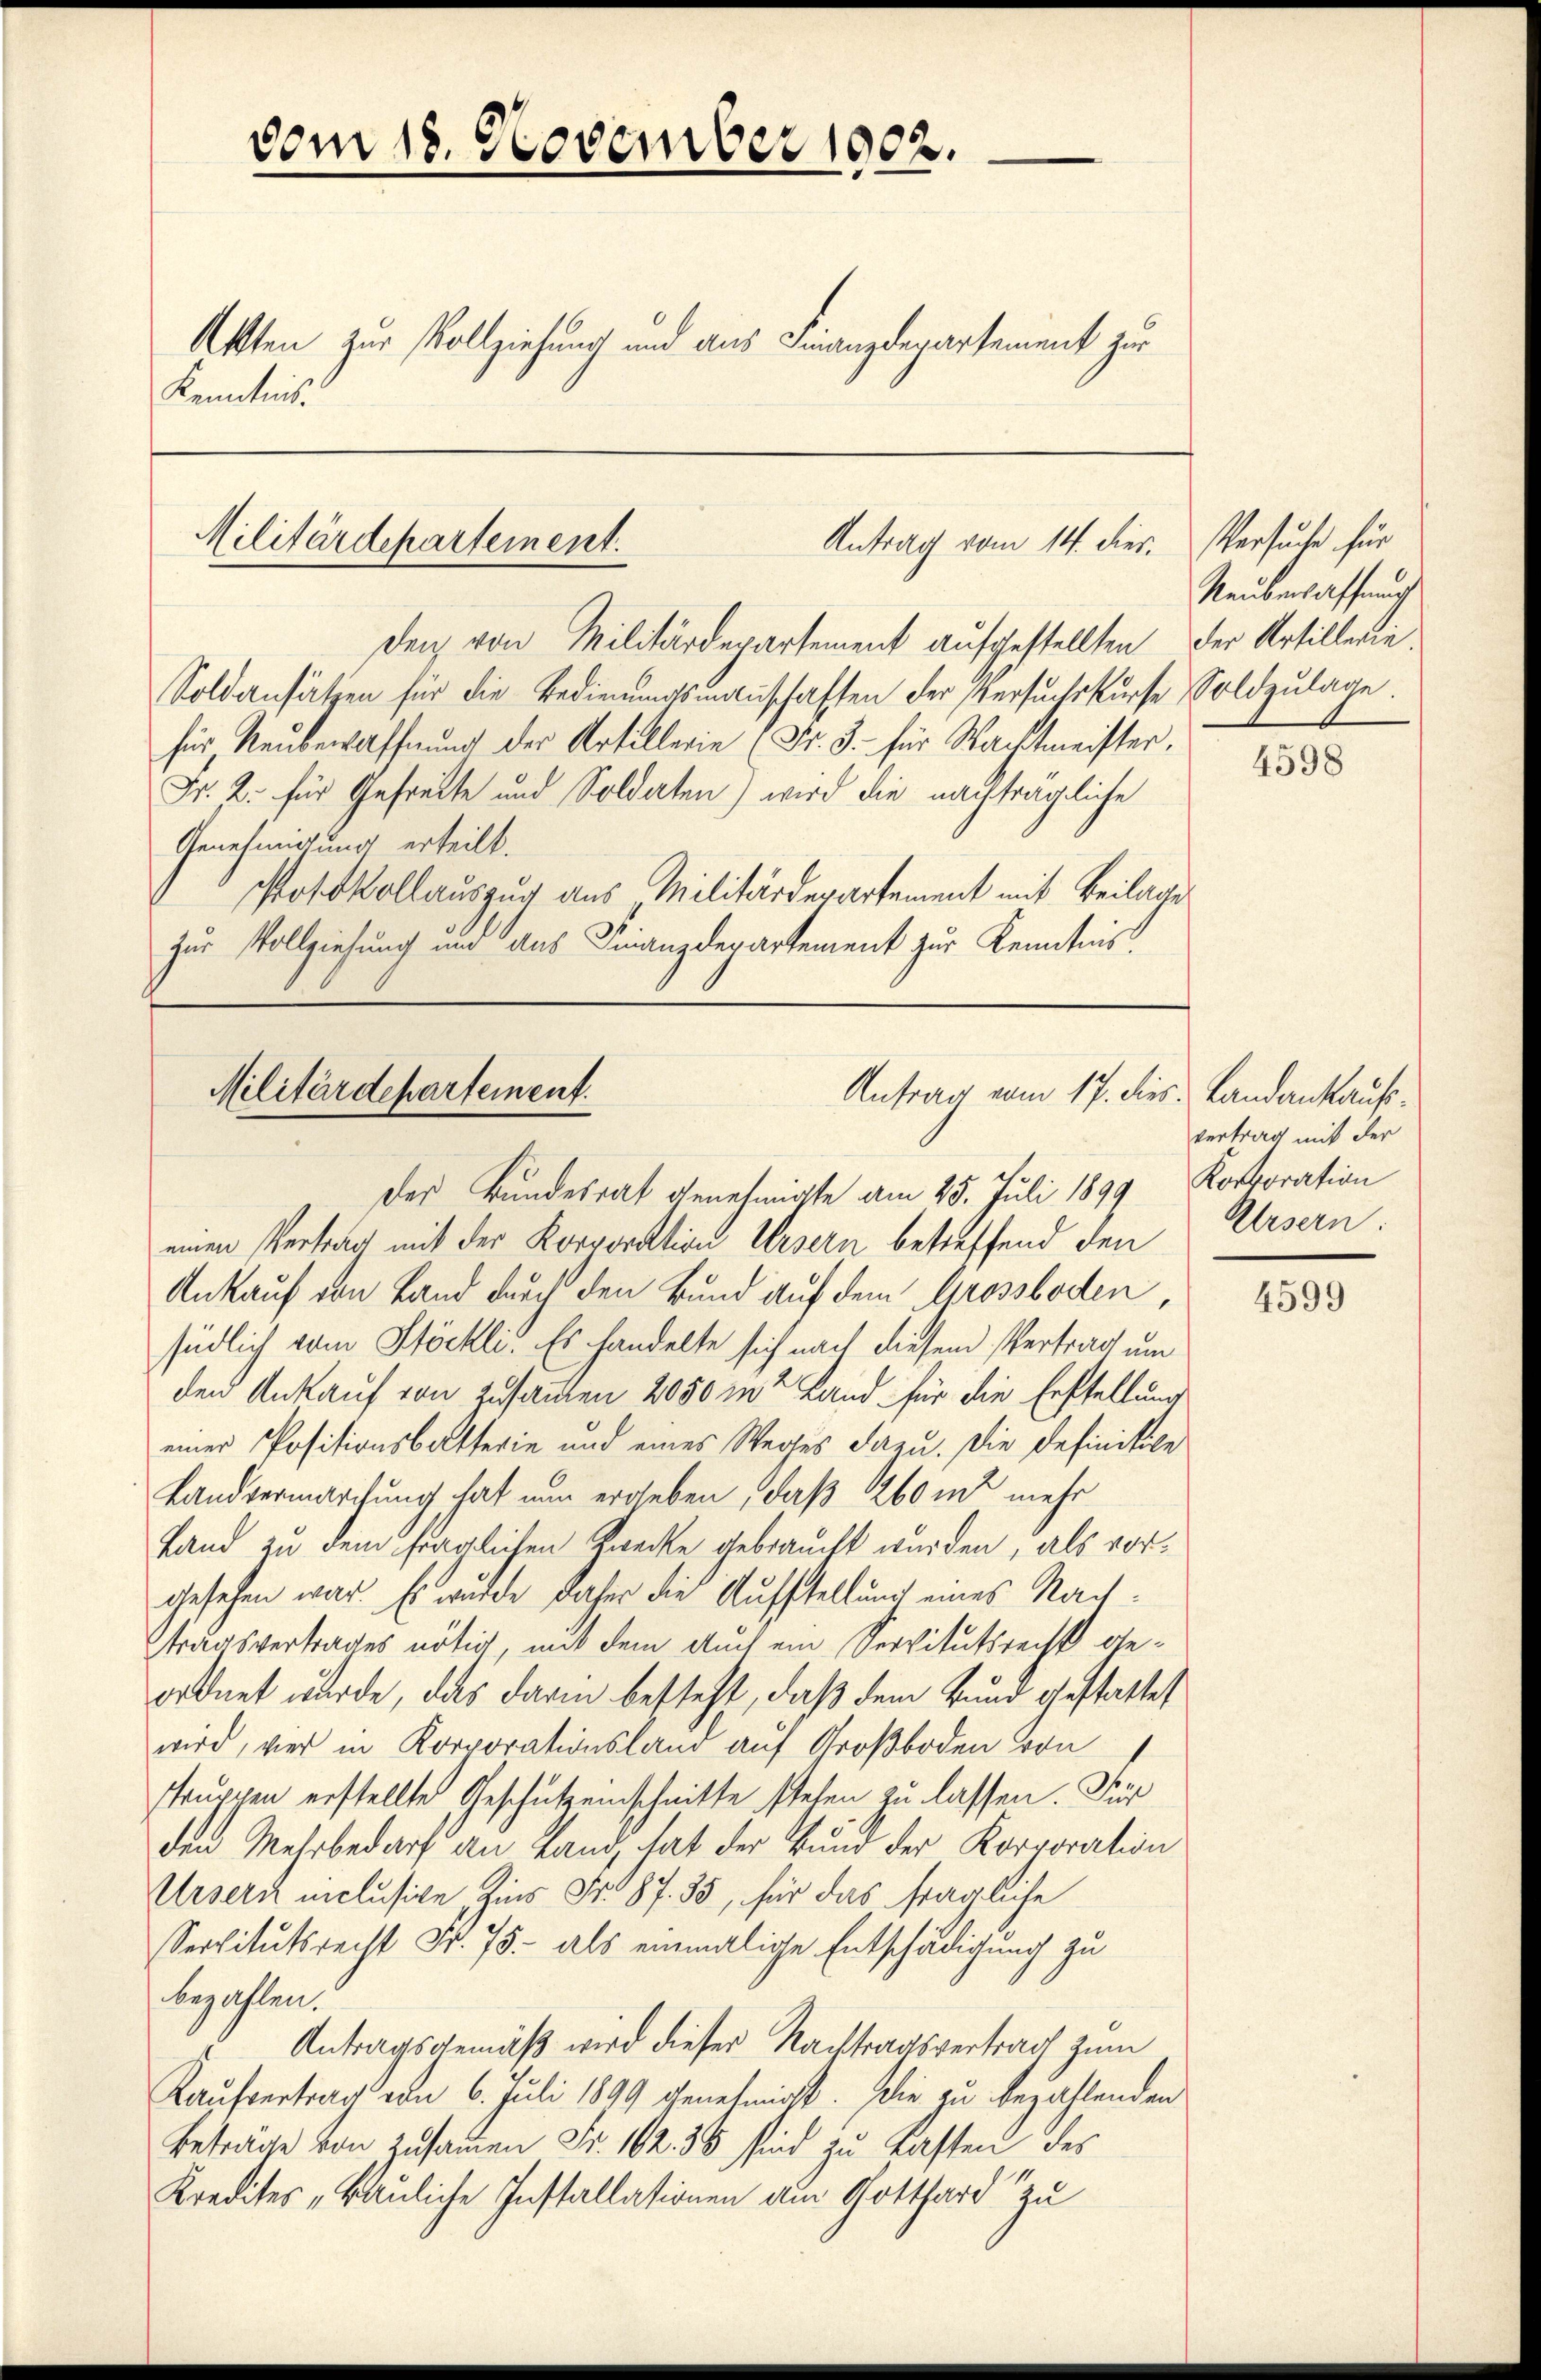
Akten zur Vollziehung und aus Finanzdepartement zur
Kenntnis.

vom 18. November 1908.

Militärdepartement.
Antrag vom 14. dies

den von Militärdepartement aufgestellten der Artillerie¬
Soldansätzen für die Bedienŭngsŭnŭschaften der Versŭchskŭrse Soldzŭlage.
für Neubewaffnung der Artillerie (Fr. 3. für Wachtmeister,
Fr. 2. für Gefreite und Soldaten) wird die nachträgliche
Genehmigung erteilt.
Potokollauszug aus Militärdepartement mit Beilage
zur Vollziehung und aus Finanzdepartement zur Kenntnis.

Militärdepartement.
Antrag vom 17. dies: Landankaufs¬

der Bundesrat genehmigte am 25. Juli 1899 Korporation

einen Vertrag mit der Korporation Ursern betreffend den Ursern
Ankauf von Land durch den Bund auf dem Grossboden,
südlich vom Stöckli. Es handelte sich nach diesem Vertrag um
den Ankauf von Zusammen 2050 m Land für die Erstellung
einer Positionsbatterie und eines Weges dazu. Die Definitile
Landvermarchung hat nun ergeben, daß 260 in mehr
Land zu dem fraglichen Zwecke gebraucht wurden, als vorgesehen war. Es wurde daher die Aufstellung eines Nachtragsvertrages nötig, mit dem auch ein Servitutsrecht geordnet wurde, das darin besteht, daß dem Bund gestattet
wird, vier in Korporationsland auf Großboden von
struppen erstellte Geschützenschnitte stehen zu lassen. Für
den Mehrbedarf an Land, hat der Bund der Korporation
Ursern niclusive, Zins Fr. 87. 35, für das fragliche
Servitutsrecht Fr. 75. als einmalige Entschädigung zu
bezahlen.
Antragsgemäß wird dieser Nachtragsvertrag zum
Kaufvertrag von 6. Juli 1899 genehmigt. Die zu bezahlenden
Betrage von Zusammen Fr. 102. 35 sind zu Lasten des
Kredites „Bauliche Installasionen am Gotthard zu

Versuche für
Reuberlaffung

4598

vertrag mit der

4599